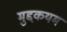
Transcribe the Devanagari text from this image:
मुद्दकयम